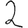
Digit: 2